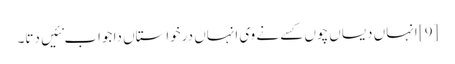
[9] انہاں دیساں چوں کسے نے وی انہاں درخواستاں دا جواب نئیں دتا۔